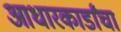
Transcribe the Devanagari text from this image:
आधारकार्डांचा